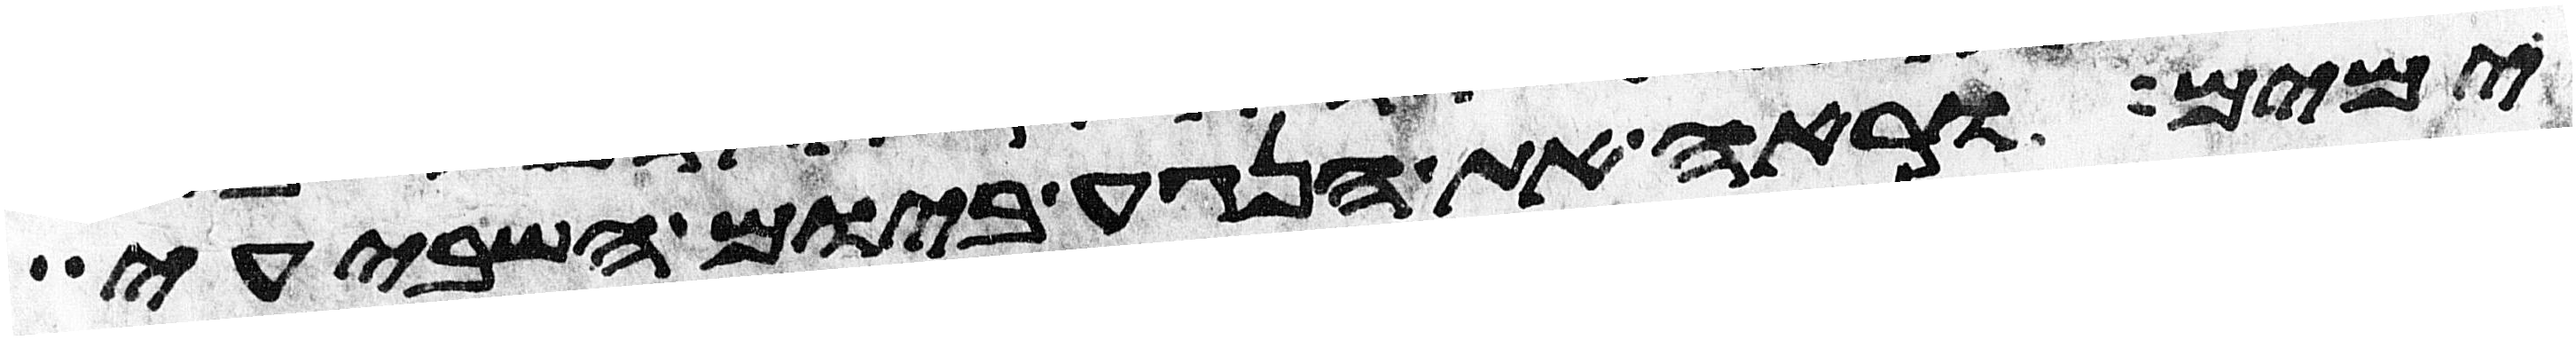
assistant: ימים וראה את הנגע ביום השביעי